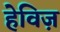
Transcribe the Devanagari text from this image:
हेविज़